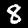
Digit: 8